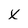
Character: x